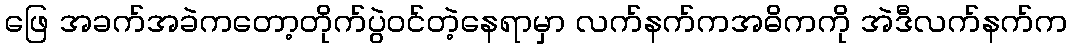
ဖြေ အခက်အခဲကတော့တိုက်ပွဲဝင်တဲ့နေရာမှာ လက်နက်ကအဓိကကို အဲဒီလက်နက်က